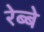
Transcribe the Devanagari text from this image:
रेब्बे